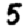
Digit: 5